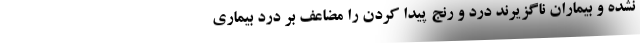
نشده و بیماران ناگزیرند درد و رنج پیدا کردن را مضاعف بر درد بیماری